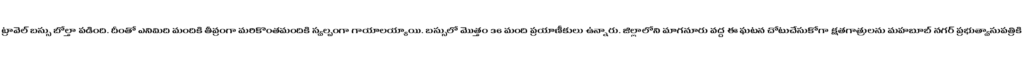
ట్రావెల్ బస్సు బోల్తా పడింది. దీంతో ఎనిమిది మందికి తీవ్రంగా మరికొంతమందికి స్వల్పంగా గాయాలయ్యాయి. బస్సులో మొత్తం 36 మంది ప్రయాణీకులు ఉన్నారు. జిల్లాలోని మాగనూరు వద్ద ఈ ఘటన చోటుచేసుకోగా క్షతగాత్రులను మహబూబ్ నగర్ ప్రభుత్వాసుపత్రికి